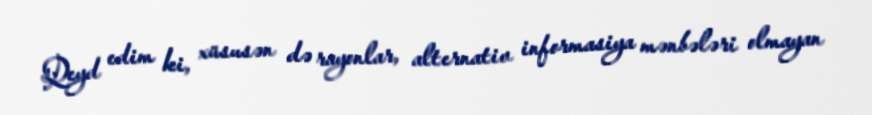
Qeyd edim ki, xüsusən də rayonlar, alternativ informasiya mənbələri olmayan